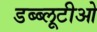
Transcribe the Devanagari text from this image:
डब्ब्लूटीओ